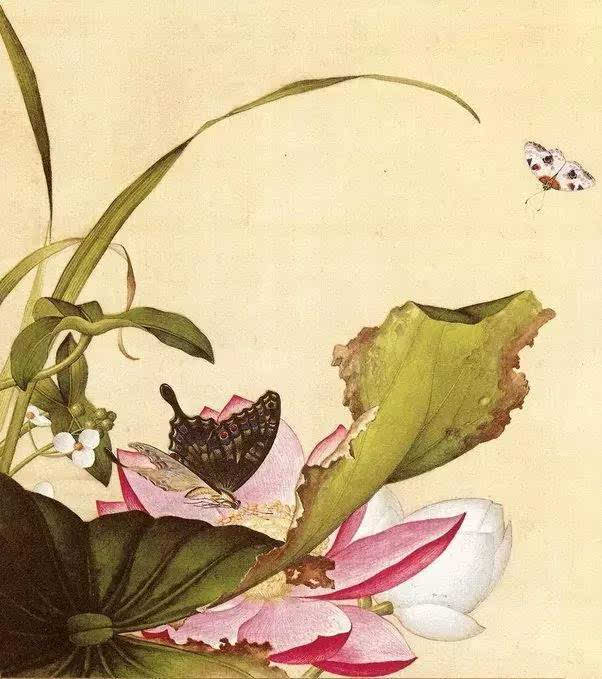
愿妾身为红菡萏。年年生在秋江上。